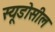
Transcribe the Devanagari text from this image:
स्यूडोसील